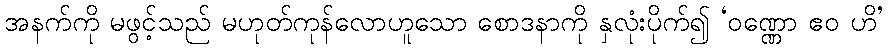
အနက်ကို မဖွင့်သည် မဟုတ်ကုန်လောဟူသော စောဒနာကို နှလုံးပိုက်၍ ‘ဝဏ္ဏော ဧဝ ဟိ’